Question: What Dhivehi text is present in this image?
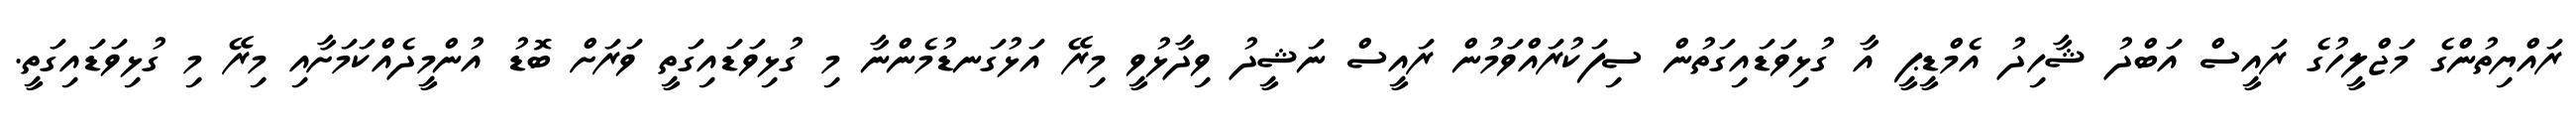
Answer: ރައްޔިތުންގެ މަޖްލީހުގެ ރައީސް އަބްދު ޝާހިދު އެމްޑީޕީ އާ ގުޅިވަޑައިގަތުން ސިފަކުރައްވަމުން ރައީސް ނަޝީދު ވިދާޅުވީ މިރޭ އަޅުގަނޑުމެންނާ މި ގުޅިވަޑައިގަތީ ވަރަށް ބޮޑު އުންމީދެއްކަމަށާއި މިރޭ މި ގުޅިވަޑައިގަތީ.